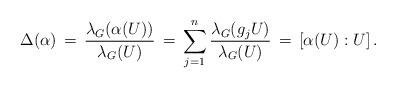
LaTeX: \begin{align*}\Delta(\alpha)\, =\, \frac{\lambda_G(\alpha(U))}{\lambda_G(U)}\, =\, \sum_{j=1}^n\frac{\lambda_G(g_jU)}{\lambda_G(U)}\, =\, [\alpha(U):U]\,.\end{align*}